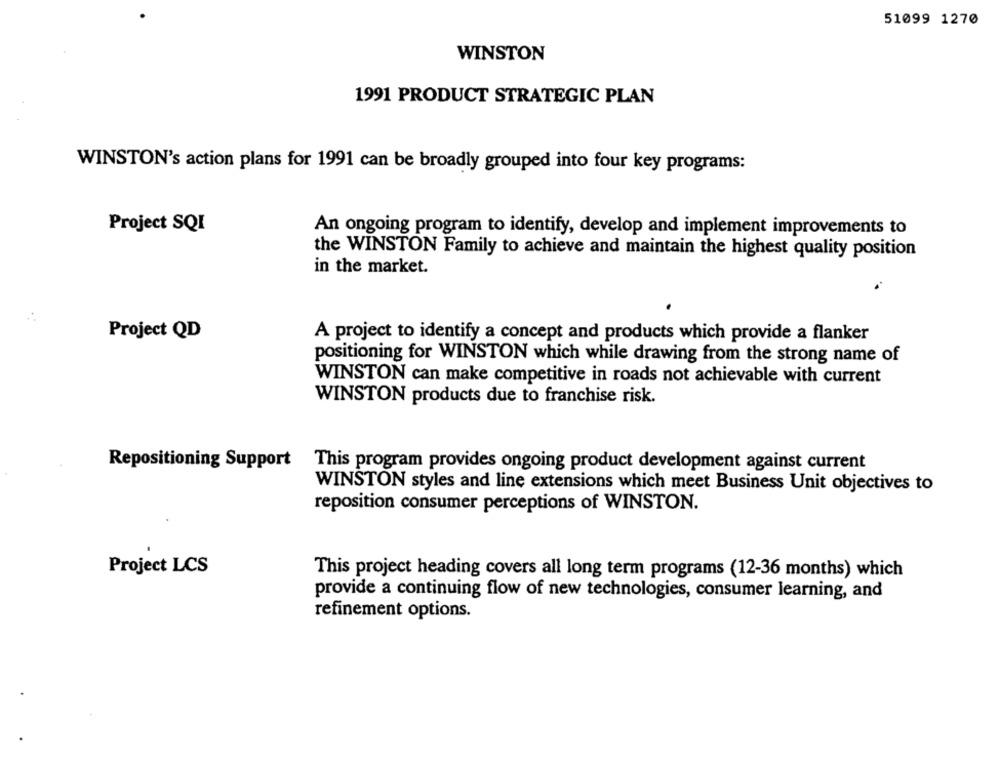
51099 1270
WINSTON
1991 PRODUCT STRATEGIC PLAN
WINSTON's action plans for 1991 can be broadly grouped into four key programs:
Project SQI
An ongoing program to identify, develop and implement improvements to
the WINSTON Family to achieve and maintain the highest quality position
in the market.
Project QD
A project to identify a concept and products which provide a flanker
positioning for WINSTON which while drawing from the strong name of
WINSTON can make competitive in roads not achievable with current
WINSTON products due to franchise risk.
Repositioning Support
This program provides ongoing product development against current
WINSTON styles and line extensions which meet Business Unit objectives to
reposition consumer perceptions of WINSTON.
Project LCS
This project heading covers all long term programs (12-36 months) which
provide a continuing flow of new technologies, consumer learning, and
refinement options.